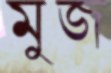
মুজ